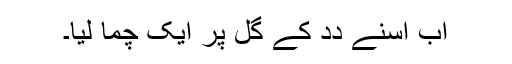
اَب اُسنے دِدِ کے گل پر ایک چُما لِیا۔